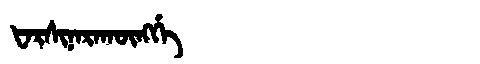
Manchu: ᡶᠠᡵᠰᡳᠨᠠᡵᠠᡴᡡᠩᡤᡝ
Romanization: FARSINARAKŪNGGE